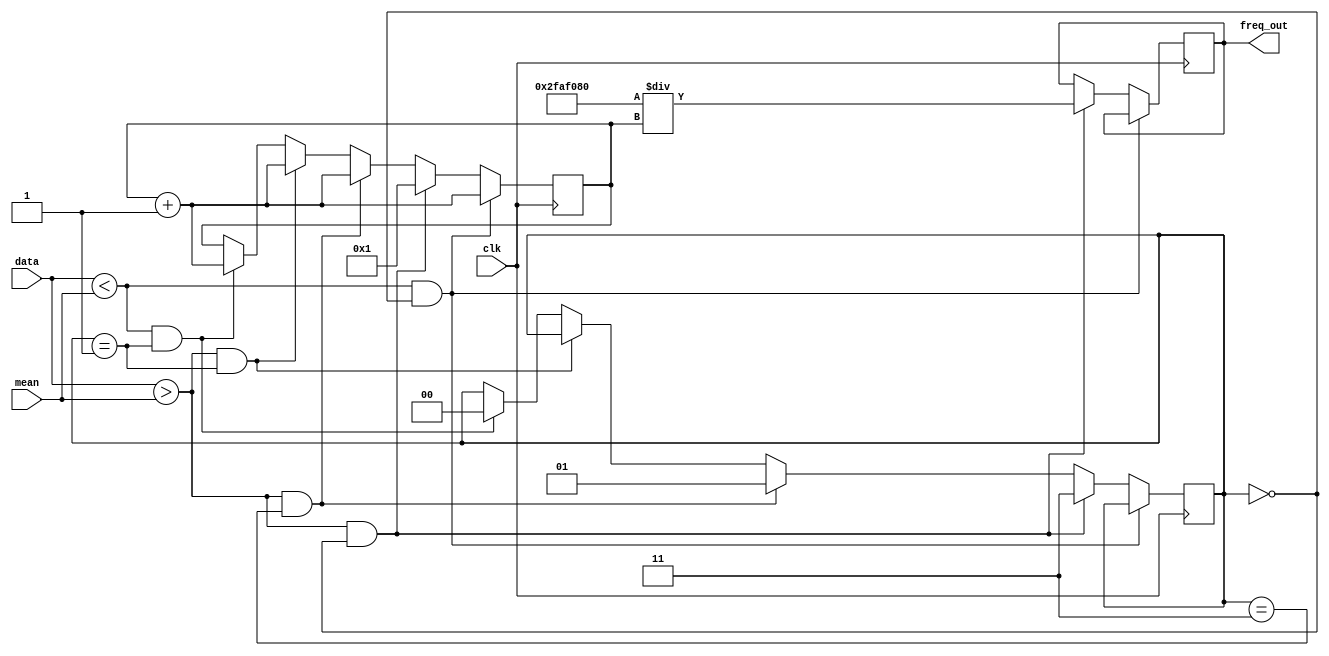
module frequency(clk,data,freq_out,mean);

	input clk;
	input [13:0] mean;
	input [11:0] data;
	output reg [31:0] freq_out;
	reg [1:0] mode;
	
	integer counter;
	
	integer freq_const;
	//
	//integer counter_clk;
	//reg clk_en;
	
	initial begin
		counter <= 'd0;
		//counter_clk <= 'd0;
		mode <= 2'b00;
		freq_out <= 32'b0;
		freq_const <= 'd50000000;  // clk frequency

	end
	/*
	always @(posedge clk) begin
	
		if(counter_clk == 'd499) begin
			counter_clk <= 'd0;
			clk_en = 1;
		end else begin
			counter_clk <= counter_clk + 1;
			clk_en <= 0;
		end
		
	end*/
	
	always @(posedge clk) begin
				
		if(data < mean && mode == 2'b00) begin
			counter <= counter + 'd1;
		end else if(data > mean && mode == 2'b00) begin

			freq_out <=  freq_const / counter;
			counter <= 'd1;
			mode <= 2'b11;
		end else if(data > mean && mode == 2'b11) begin
			counter <= counter + 'd1; 
			mode <= 2'b01;
		end else if(data > mean && mode == 2'b01) begin
			counter <= counter + 'd1;
		end else if(data < mean && mode == 2'b01) begin
			counter <= counter + 'd1;
			mode <= 2'b00;
		end
		
	end	
	
endmodule